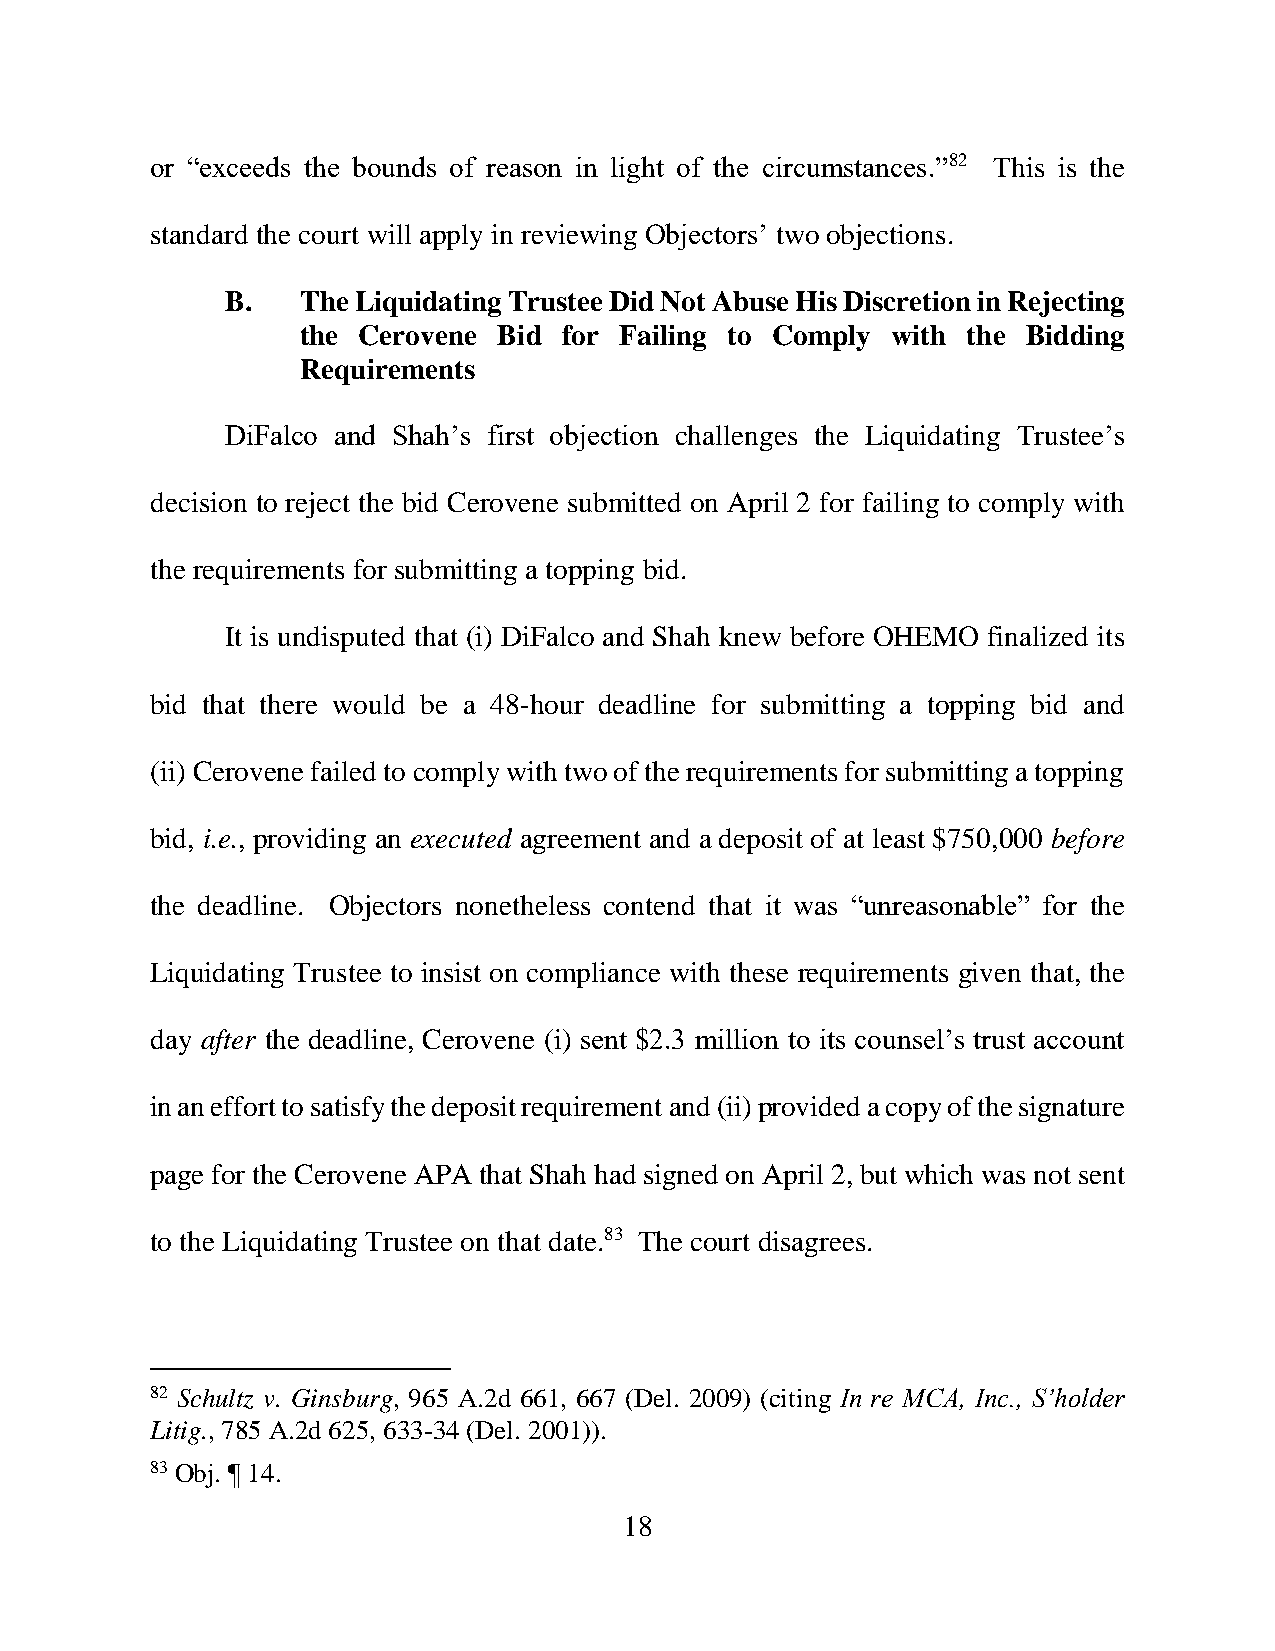
or “exceeds the bounds of reason in light of the circumstances.”82 This is the
 standard the court will apply in reviewing Objectors’ two objections.
 B.   The Liquidating Trustee Did Not Abuse His Discretion in Rejecting
 the Cerovene Bid for Failing to Comply with the Bidding
 Requirements
 DiFalco and Shah’s first objection challenges the Liquidating Trustee’s
 decision to reject the bid Cerovene submitted on April 2 for failing to comply with
 the requirements for submitting a topping bid.
 It is undisputed that (i) DiFalco and Shah knew before OHEMO finalized its
 bid that there would be a 48-hour deadline for submitting a topping bid and
 (ii) Cerovene failed to comply with two of the requirements for submitting a topping
 bid, i.e., providing an executed agreement and a deposit of at least $750,000 before
 the deadline. Objectors nonetheless contend that it was “unreasonable” for the
 Liquidating Trustee to insist on compliance with these requirements given that, the
 day after the deadline, Cerovene (i) sent $2.3 million to its counsel’s trust account
 in an effort to satisfy the deposit requirement and (ii) provided a copy of the signature
 page for the Cerovene APA that Shah had signed on April 2, but which was not sent
 to the Liquidating Trustee on that date.83 The court disagrees.
 82 Schultz v. Ginsburg, 965 A.2d 661, 667 (Del. 2009) (citing In re MCA, Inc., S’holder
 Litig., 785 A.2d 625, 633-34 (Del. 2001)).
 83 Obj. ¶ 14.
 18